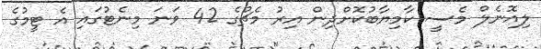
ލިއޮނެލް މެސީ ކާމިޔާބުކޮށްދިން އިރު މެޗުގެ 42 ވަނަ މިނެޓުގައި އެ ޓީމުގެ